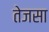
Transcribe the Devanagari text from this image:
तेजसा